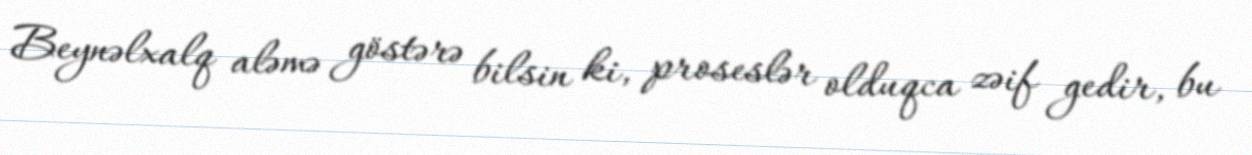
Beynəlxalq aləmə göstərə bilsin ki, proseslər olduqca zəif gedir, bu